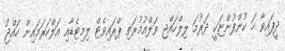
ދީފައިވާ ހަ ކުންފުންޏަކީ ދަރުމަ ލިލްހައްޖި ވަލްއުމުރަތި ޕްރައިވެޓް ލިމިޓެޑާއި އަލްހަރަމައިން ހައްޖު